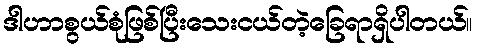
ဒါဟာစွယ်စုံဖြစ်ပြီးသေးငယ်တဲ့ခြေရာရှိပါတယ်။